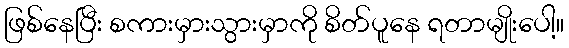
ဖြစ်နေပြီး စကားမှားသွားမှာကို စိတ်ပူနေ ရတာမျိုးပေါ့။